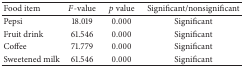
<table><thead><tr><td><b>Food item</b></td><td><b><i>F</i>-value</b></td><td><b><i>p</i> value</b></td><td><b>Significant/nonsignificant</b></td></tr></thead><tbody><tr><td>Pepsi </td><td>18.019</td><td>0.000</td><td>Significant</td></tr><tr><td>Fruit drink </td><td>61.546</td><td>0.000</td><td>Significant</td></tr><tr><td>Coffee </td><td>71.779</td><td>0.000</td><td>Significant</td></tr><tr><td>Sweetened milk </td><td>61.546</td><td>0.000</td><td>Significant</td></tr></tbody></table>